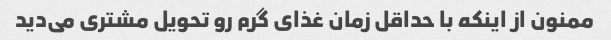
ممنون از اینکه با حداقل زمان غذای گرم رو تحویل مشتری می‌دید